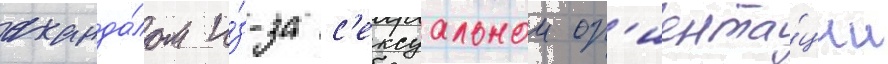
сканда́лом и́з-за с'ексуальнои ор'иента́ции